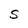
Character: S